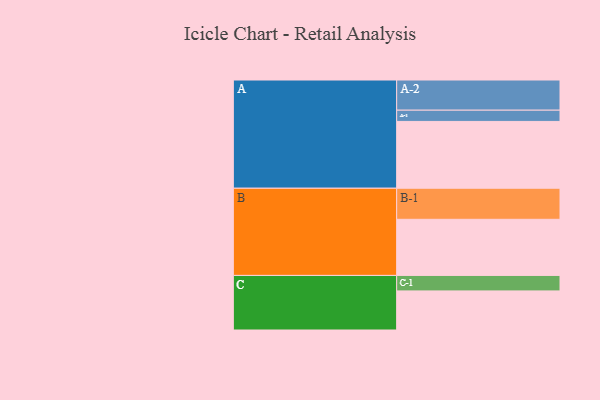
{"axis": {"x": "Segment", "y": "Value"}, "legend": ["", "A", "B", "C"], "data": [{"x": "A", "y": 600, "type": ""}, {"x": "B", "y": 504, "type": ""}, {"x": "C", "y": 351, "type": ""}, {"x": "A-1", "y": 101, "type": "A"}, {"x": "A-2", "y": 271, "type": "A"}, {"x": "B-1", "y": 279, "type": "B"}, {"x": "C-1", "y": 139, "type": "C"}]}